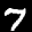
Label: 7